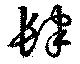
肆